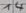
Text: 14